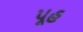
પૂહ